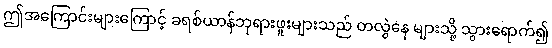
ဤအကြောင်းများကြောင့် ခရစ်ယာန်ဘုရားဖူးများသည် တလွဲနေ များသို့ သွားရောက်၍